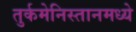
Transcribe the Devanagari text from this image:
तुर्कमेनिस्तानमध्ये